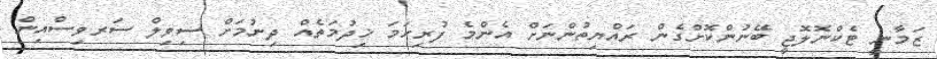
ޒަމާނީ ޓެކްނޮލޮޖީ ބޭނުންކޮށްގެން ރައްޔިތުންނަށް އެންމެ ފުރިހަމަ ޚިދުމަތެއް ދިނުމަށް ސިވިލް ސަރވިސްއިން